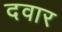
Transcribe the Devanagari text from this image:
दवार